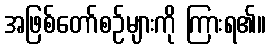
အဖြစ်တော်စဉ်များကို ကြားရ၏။